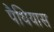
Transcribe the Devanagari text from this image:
पैथियास